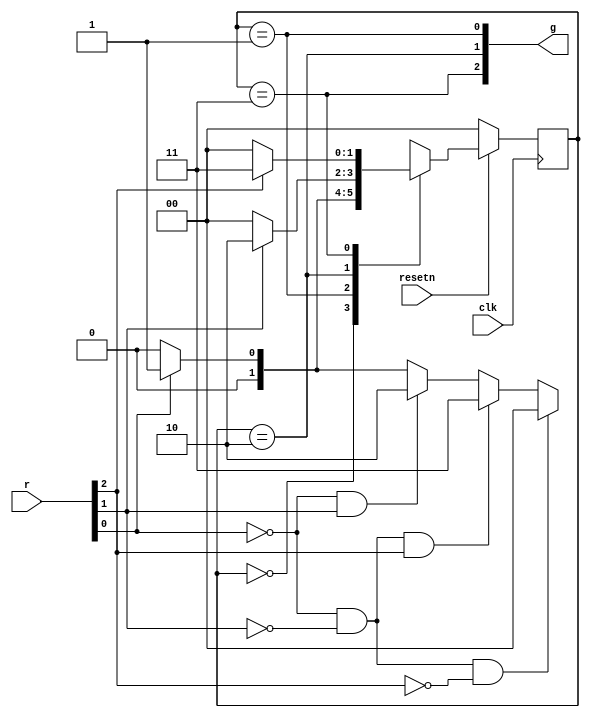
module top_module (
    input clk,
    input resetn,    // active-low synchronous reset
    input [3:1] r,   // request
    output [3:1] g   // grant
);
    parameter A=2'd0, B=2'd1, C=2'd2, D=2'd3;
    reg [1:0] state, next_state;
    always@(posedge clk)
        begin
            if(!resetn) state<=A;
            else state<=next_state;
        end
    always@(*)
        begin
            case(state)
                A:next_state<=(~r[1]&~r[2]&~r[3])?A:((~r[1]&~r[2]&r[3])?D:((~r[1]&r[2])?C:(r[1]?B:A)));
                B:next_state<=(~r[1])?A:(r[1]?B:B);
                C:next_state<=(~r[2])?A:(r[2]?C:C);
                D:next_state<=(~r[3])?A:(r[3]?D:D);
            endcase
        end
    assign g[1] = (state == B);
    assign g[2] = (state == C);
    assign g[3] = (state == D);
endmodule